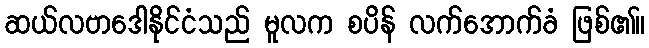
ဆယ်လဗာဒေါနိုင်ငံသည် မူလက စပိန် လက်အောက်ခံ ဖြစ်၏။